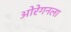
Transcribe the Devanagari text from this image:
ओरेगनला